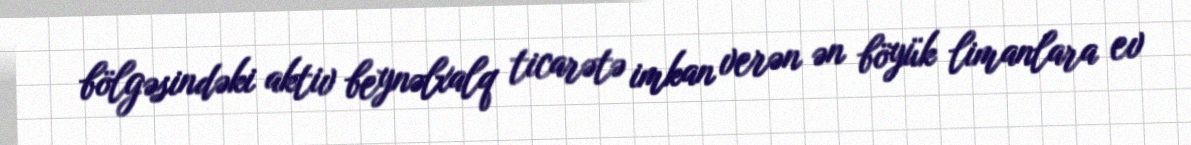
bölgəsindəki aktiv beynəlxalq ticarətə imkan verən ən böyük limanlara ev